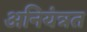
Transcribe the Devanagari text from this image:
अनियंत्रत